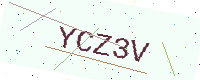
Text: YCZ3V